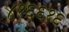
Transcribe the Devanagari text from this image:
४१६६१६